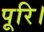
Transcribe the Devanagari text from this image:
पूरि।